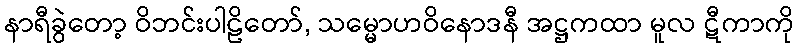
နာရီခွဲတော့ ဝိဘင်းပါဠိတော်, သမ္မောဟဝိနောဒနီ အဋ္ဌကထာ မူလ ဋီကာကို